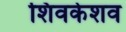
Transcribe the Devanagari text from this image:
शिवकेशव